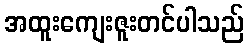
အထူးကျေးဇူးတင်ပါသည်